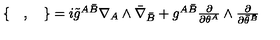
\begin{array} { c } { \{ \quad , \quad \} = i { \tilde { g } } ^ { A \bar { B } } \nabla _ { A } \wedge { \bar { \nabla } } _ { \bar { B } } + g ^ { A \bar { B } } \frac { \partial } { \partial \theta ^ { A } } \wedge \frac { \partial } { \partial { \bar { \theta } } ^ { \bar { B } } } } \\ \end{array}